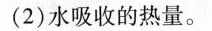
(2)水吸收的热量。